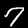
Label: 7